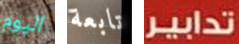
اليوم تابعة تدابير